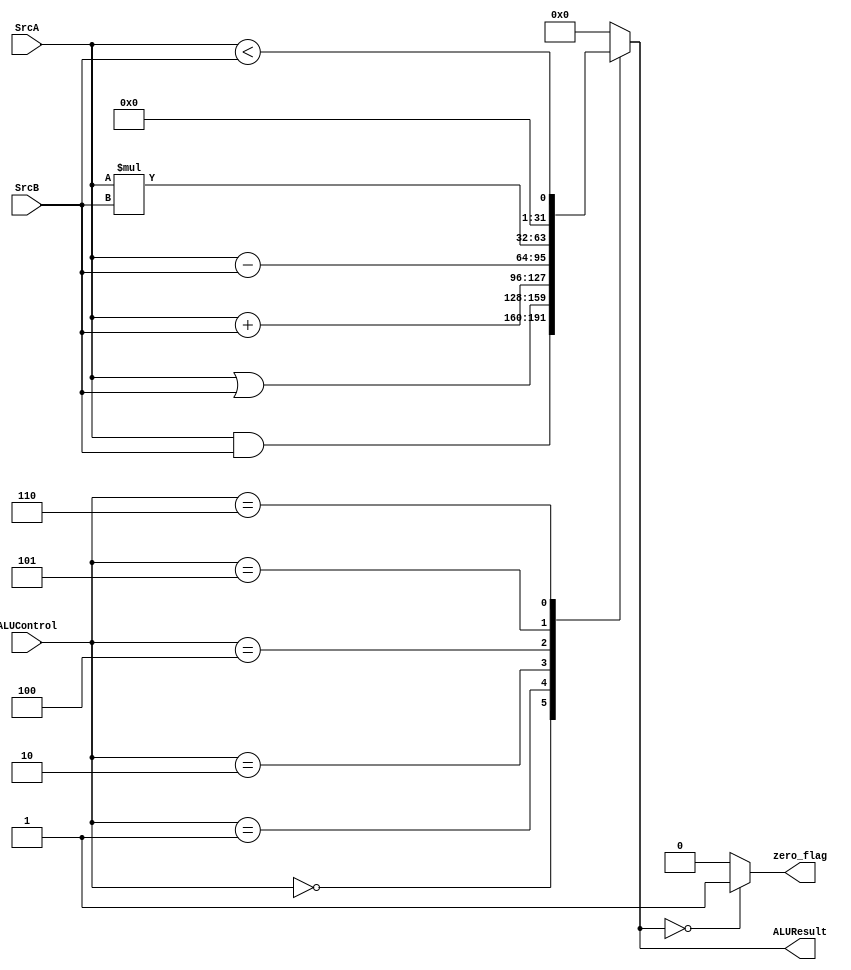
module ALU
(
input [31:0]SrcA,
input [31:0]SrcB,
input [2:0]ALUControl,
output reg [31:0]ALUResult,
output reg zero_flag 
);

always@(SrcA,SrcB,ALUControl)
begin
zero_flag=1'b0;
ALUResult=32'b0;
  case(ALUControl)
      3'b000: ALUResult = SrcA & SrcB;
      3'b001: ALUResult = SrcA | SrcB;
      3'b010: ALUResult = SrcA + SrcB;
      3'b100: ALUResult = SrcA - SrcB;
      3'b101: ALUResult = SrcA * SrcB;
      3'b110: ALUResult = SrcA < SrcB;
      default: ALUResult=32'b0; 
  endcase
      if(ALUResult == 0)
      zero_flag=1'b1;
      else
      zero_flag=1'b0;
end

endmodule